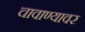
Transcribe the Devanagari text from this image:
चावाण्यावर